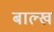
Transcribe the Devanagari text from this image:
बाल्ख